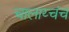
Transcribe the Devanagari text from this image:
चालाय्चंच